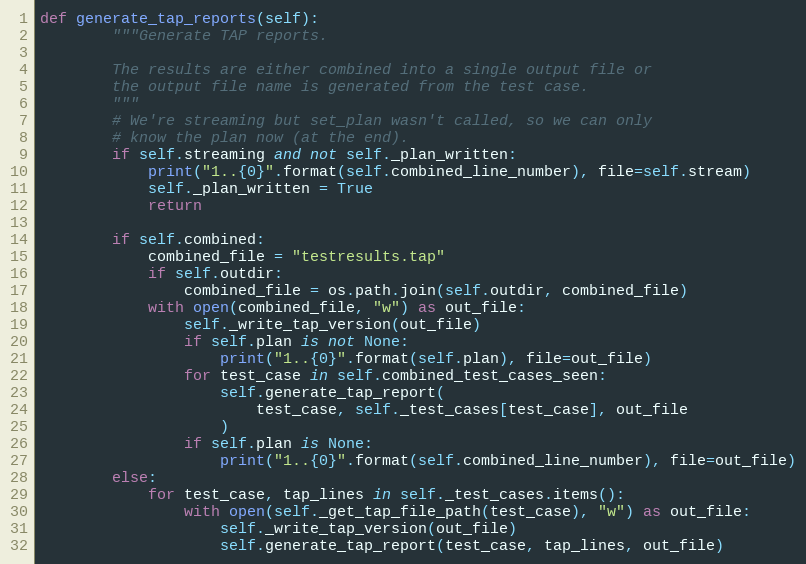
Language: Python
def generate_tap_reports(self):
        """Generate TAP reports.

        The results are either combined into a single output file or
        the output file name is generated from the test case.
        """
        # We're streaming but set_plan wasn't called, so we can only
        # know the plan now (at the end).
        if self.streaming and not self._plan_written:
            print("1..{0}".format(self.combined_line_number), file=self.stream)
            self._plan_written = True
            return

        if self.combined:
            combined_file = "testresults.tap"
            if self.outdir:
                combined_file = os.path.join(self.outdir, combined_file)
            with open(combined_file, "w") as out_file:
                self._write_tap_version(out_file)
                if self.plan is not None:
                    print("1..{0}".format(self.plan), file=out_file)
                for test_case in self.combined_test_cases_seen:
                    self.generate_tap_report(
                        test_case, self._test_cases[test_case], out_file
                    )
                if self.plan is None:
                    print("1..{0}".format(self.combined_line_number), file=out_file)
        else:
            for test_case, tap_lines in self._test_cases.items():
                with open(self._get_tap_file_path(test_case), "w") as out_file:
                    self._write_tap_version(out_file)
                    self.generate_tap_report(test_case, tap_lines, out_file)